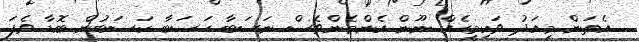
އެތަން މިއަދު ވަކިމީހެއް ނޫން އެންމެންވެސް ނަސަބާ ހަސަބާ ކަސަބުން ބޮޑާ ވެފަ